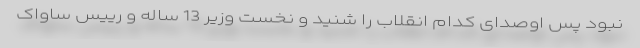
نبود پس اوصدای کدام انقلاب را شنید و نخست وزیر 13 ساله و رییس ساواک